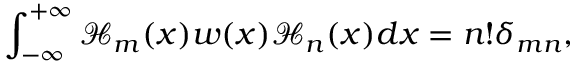
\int _ { - \infty } ^ { + \infty } \mathcal { H } _ { m } ( x ) w ( x ) \mathcal { H } _ { n } ( x ) d x = n ! \delta _ { m n } ,